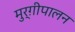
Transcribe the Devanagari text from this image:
मुर्ग़ीपालन